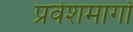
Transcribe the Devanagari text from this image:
प्रवेशमार्गों